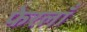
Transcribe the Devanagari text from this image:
फेरलाँ